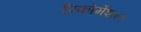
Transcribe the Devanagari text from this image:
रिफोर्मेशन